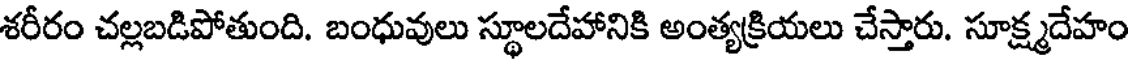
శరీరం చల్లబడిపోతుంది. బంధువులు స్థూలదేహానికి అంత్యక్రియలు చేస్తారు. సూక్ష్మదేహం